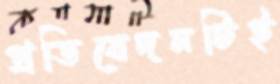
প্রতিবেদনটিই